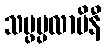
သမ္ဖပ္ပလာပိနီ